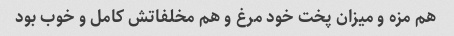
هم مزه و میزان پخت خود مرغ و هم مخلفاتش کامل و خوب بود